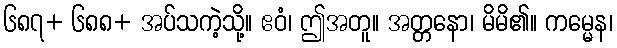
၆၈၇+ ၆၈၈+ အပ်သကဲ့သို့။ ဧဝံ၊ ဤအတူ။ အတ္တနော၊ မိမိ၏။ ကမ္မေန၊